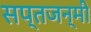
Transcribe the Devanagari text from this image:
सप्तजन्मी